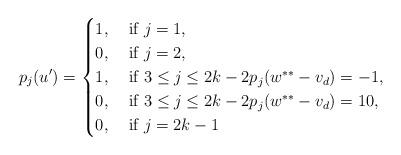
LaTeX: \begin{align*}p_j(u^\prime)=\begin{cases}1, \; &\textnormal{if }j=1, \\ 0, \; &\textnormal{if } j=2, \\1, \; &\textnormal{if } 3 \leq j \leq 2k-2 p_j(w^{**}-v_d)=-1, \\0, \; &\textnormal{if } 3 \leq j \leq 2k-2 p_j(w^{**}-v_d)=10, \\0, \; &\textnormal{if } j=2k-1 \end{cases}\end{align*}